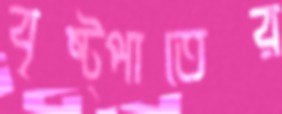
বৃষ্ট্পাতের